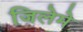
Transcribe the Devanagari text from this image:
जिलेमे